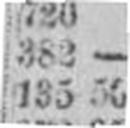
135 50